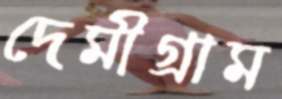
দেমীগ্রাম